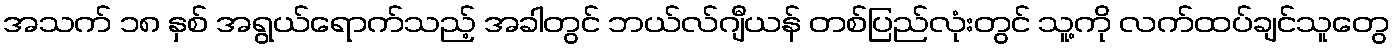
အသက် ၁၈ နှစ် အရွယ်ရောက်သည့် အခါတွင် ဘယ်လ်ဂျီယန် တစ်ပြည်လုံးတွင် သူ့ကို လက်ထပ်ချင်သူတွေ